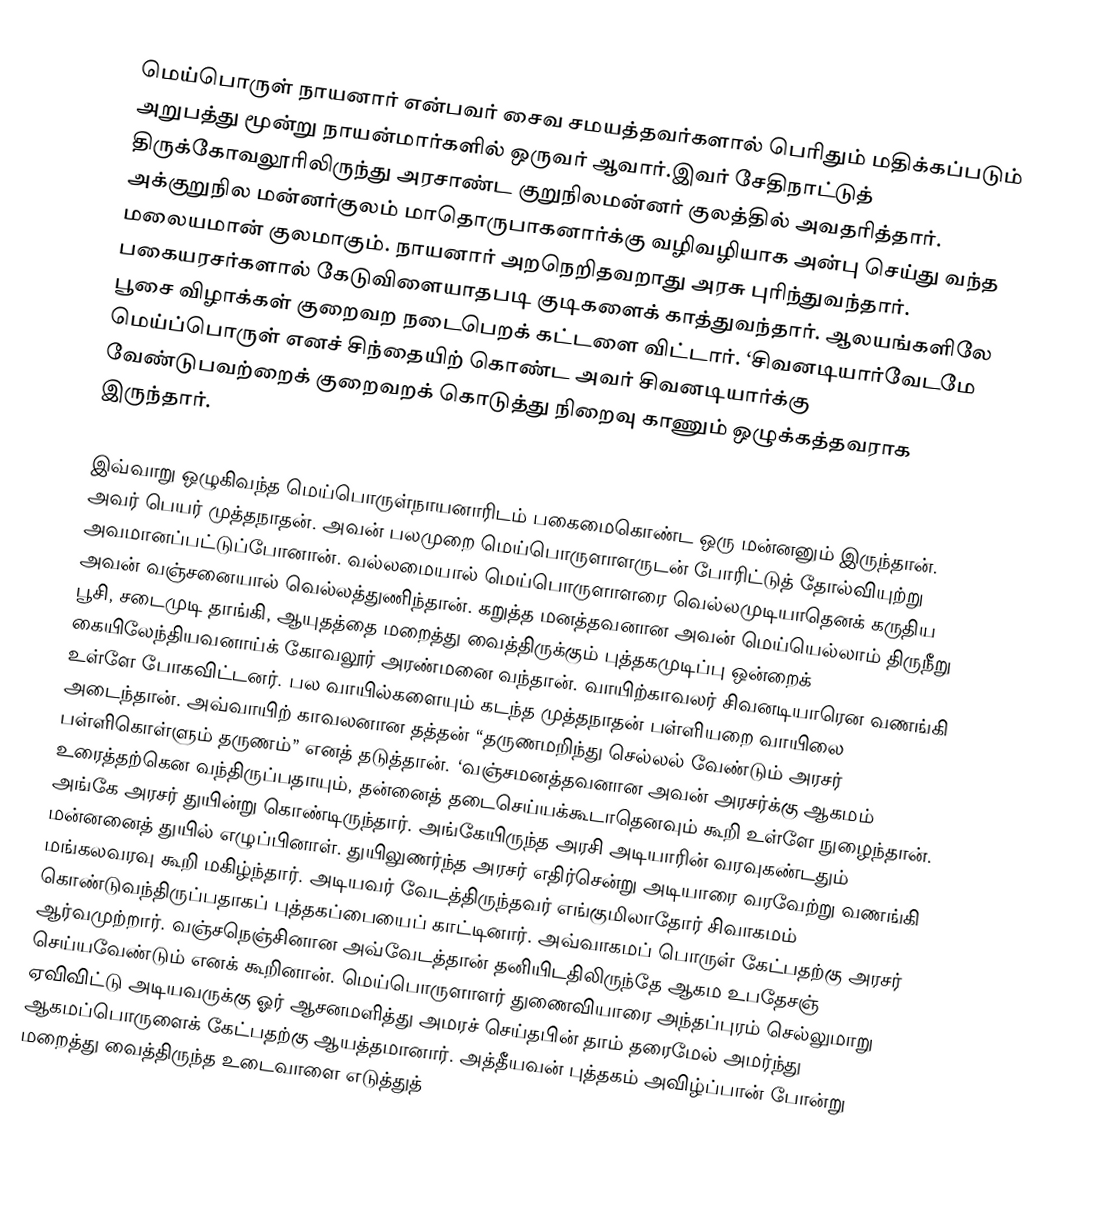
மெய்பொருள் நாயனார் என்பவர் சைவ சமயத்தவர்களால் பெரிதும் மதிக்கப்படும் அறுபத்து மூன்று நாயன்மார்களில் ஒருவர் ஆவார்.இவர்  சேதிநாட்டுத் திருக்கோவலூரிலிருந்து அரசாண்ட குறுநிலமன்னர் குலத்தில் அவதரித்தார். அக்குறுநில மன்னர்குலம் மாதொருபாகனார்க்கு வழிவழியாக அன்பு செய்து வந்த மலையமான் குலமாகும். நாயனார் அறநெறிதவறாது அரசு புரிந்துவந்தார். பகையரசர்களால் கேடுவிளையாதபடி குடிகளைக் காத்துவந்தார். ஆலயங்களிலே பூசை விழாக்கள் குறைவற நடைபெறக் கட்டளை விட்டார். ‘சிவனடியார்வேடமே மெய்ப்பொருள் எனச் சிந்தையிற் கொண்ட அவர் சிவனடியார்க்கு வேண்டுபவற்றைக் குறைவறக் கொடுத்து நிறைவு காணும் ஒழுக்கத்தவராக இருந்தார்.

இவ்வாறு ஒழுகிவந்த மெய்பொருள்நாயனாரிடம் பகைமைகொண்ட ஒரு மன்னனும் இருந்தான். அவர் பெயர் முத்தநாதன். அவன் பலமுறை மெய்பொருளாளருடன் போரிட்டுத்  தோல்வியுற்று அவமானப்பட்டுப்போனான். வல்லமையால் மெய்பொருளாளரை வெல்லமுடியாதெனக் கருதிய அவன் வஞ்சனையால் வெல்லத்துணிந்தான். கறுத்த மனத்தவனான அவன் மெய்யெல்லாம் திருநீறு பூசி, சடைமுடி தாங்கி, ஆயுதத்தை மறைத்து வைத்திருக்கும் புத்தகமுடிப்பு ஒன்றைக் கையிலேந்தியவனாய்க் கோவலூர் அரண்மனை வந்தான். வாயிற்காவலர் சிவனடியாரென வணங்கி உள்ளே போகவிட்டனர். பல வாயில்களையும் கடந்த முத்தநாதன் பள்ளியறை வாயிலை அடைந்தான். அவ்வாயிற் காவலனான தத்தன் “தருணமறிந்து செல்லல் வேண்டும் அரசர் பள்ளிகொள்ளும் தருணம்” எனத் தடுத்தான். ‘வஞ்சமனத்தவனான அவன் அரசர்க்கு ஆகமம் உரைத்தற்கென வந்திருப்பதாயும், தன்னைத் தடைசெய்யக்கூடாதெனவும் கூறி உள்ளே நுழைந்தான்.  அங்கே அரசர் துயின்று கொண்டிருந்தார். அங்கேயிருந்த அரசி அடியாரின் வரவுகண்டதும் மன்னனைத் துயில் எழுப்பினாள். துயிலுணர்ந்த அரசர் எதிர்சென்று அடியாரை வரவேற்று வணங்கி மங்கலவரவு கூறி மகிழ்ந்தார். அடியவர் வேடத்திருந்தவர் எங்குமிலாதோர் சிவாகமம் கொண்டுவந்திருப்பதாகப் புத்தகப்பையைப் காட்டினார். அவ்வாகமப் பொருள் கேட்பதற்கு அரசர் ஆர்வமுற்றார். வஞ்சநெஞ்சினான அவ்வேடத்தான் தனியிடதிலிருந்தே ஆகம உபதேசஞ் செய்யவேண்டும் எனக் கூறினான். மெய்பொருளாளர் துணைவியாரை அந்தப்புரம் செல்லுமாறு ஏவிவிட்டு அடியவருக்கு ஓர் ஆசனமளித்து அமரச் செய்தபின் தாம் தரைமேல் அமர்ந்து ஆகமப்பொருளைக் கேட்பதற்கு ஆயத்தமானார். அத்தீயவன் புத்தகம் அவிழ்ப்பான் போன்று  மறைத்து வைத்திருந்த உடைவாளை எடுத்துத்